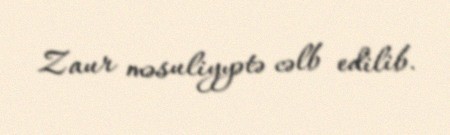
Zaur məsuliyyətə cəlb edilib.